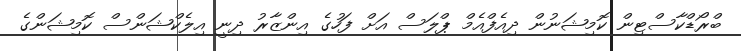
ބްރޯޑްކާސްޓިން ކޮމިޝަނުން ދިއެފްއެމް ޕްލަސް އަށް ފަހުގެ އިންޒާރު ދިނީ އިލެކްޝަންސް ކޮމިޝަންގެ